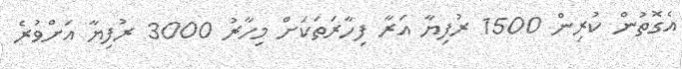
އެގޮތުން ކުރިން 1500 ރުފިޔާ އަރާ ފިހާރަތަކަށް މިހާރު 3000 ރުފިޔާ އަށްވުރެ